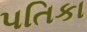
પતિકા